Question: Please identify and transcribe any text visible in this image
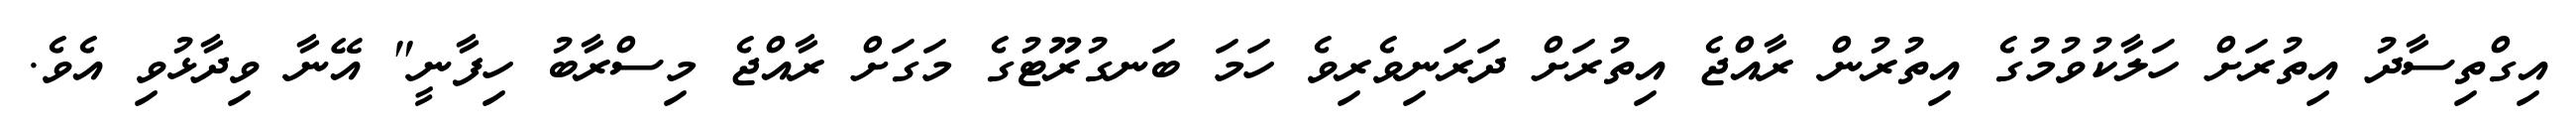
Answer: އިގްތިސާދު އިތުރަށް ހަލާކުވުމުގެ އިތުރުން ރާއްޖެ އިތުރަށް ދަރަނިވެރިވެ ހަމަ ބަނގުރޫޓުގެ މަގަށް ރާއްޖެ މިސްރާބު ހިފާނީ" އޭނާ ވިދާޅުވި އެވެ.